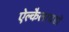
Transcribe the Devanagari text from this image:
ऐल्कैलायडों